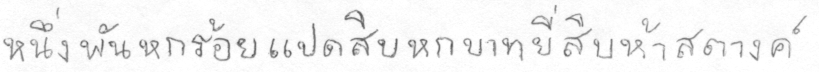
หนึ่งพันหกร้อยแปดสิบบหกบาทยี่สิบห้าสตางค์